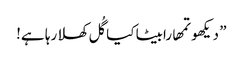
” دیکھو تمھارابیٹا کیا گُل کھلا رہا ہے!